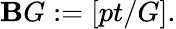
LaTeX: {\textbf{B}}G:=[pt/G].